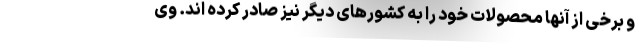
و برخی از آنها محصولات خود را به کشورهای دیگر نیز صادر کرده اند. وی